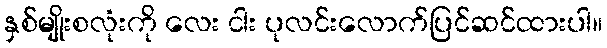
နှစ်မျိုးစလုံးကို လေး ငါး ပုလင်းလောက်ပြင်ဆင်ထားပါ။